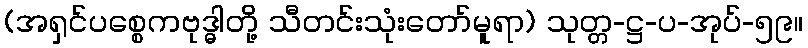
(အရှင်ပစ္စေကဗုဒ္ဓါတို့ သီတင်းသုံးတော်မူရာ) သုတ္တ-ဋ္ဌ-ပ-အုပ်-၅၉။